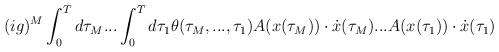
LaTeX: \begin{align*}(ig)^M\int_0^Td\tau_M...\int_0^Td\tau_1\theta(\tau_M,...,\tau_1)A(x(\tau_M))\cdot\dot{x}(\tau_M)...A(x(\tau_1))\cdot\dot{x}(\tau_1)\end{align*}